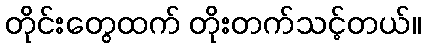
တိုင်းတွေထက် တိုးတက်သင့်တယ်။